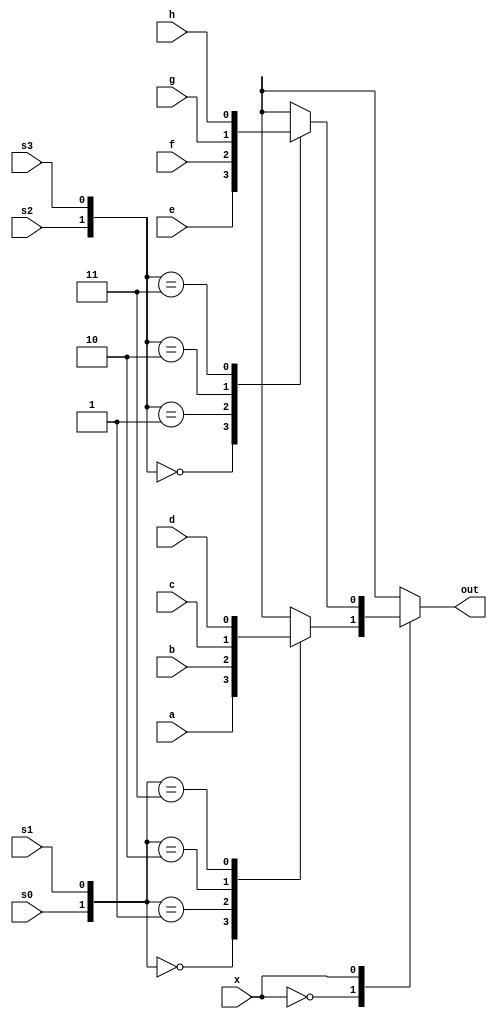
module mux ( a, b, c, d, s0, s1, e, f, g, h, s2, s3, out, x);

input wire a, b, c, d, e, f, g, h;
input wire s0, s1, s2, s3, x;
reg out1, out2;
output reg out;

always @ (a or b or c or d or s0, s1)
begin

case ({s0, s1})
2'b00 : out1 = a;
2'b01 : out1 = b;
2'b10 : out1 = c;
2'b11 : out1 = d;
endcase
end
always @ (e or f or g or h or s2, s3)
begin

case ({s2, s3})
2'b00 : out2 = e;
2'b01 : out2 = f;
2'b10 : out2 = g;
2'b11 : out2 = h;
endcase
end

always @ (out1 or out2 or x)
begin

case (x)
1'b0 : out = out1;
1'b1 : out = out2;
endcase
end
endmodule